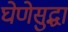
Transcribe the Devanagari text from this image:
घेणेसुद्धा